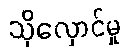
သိုလှောင်မှု